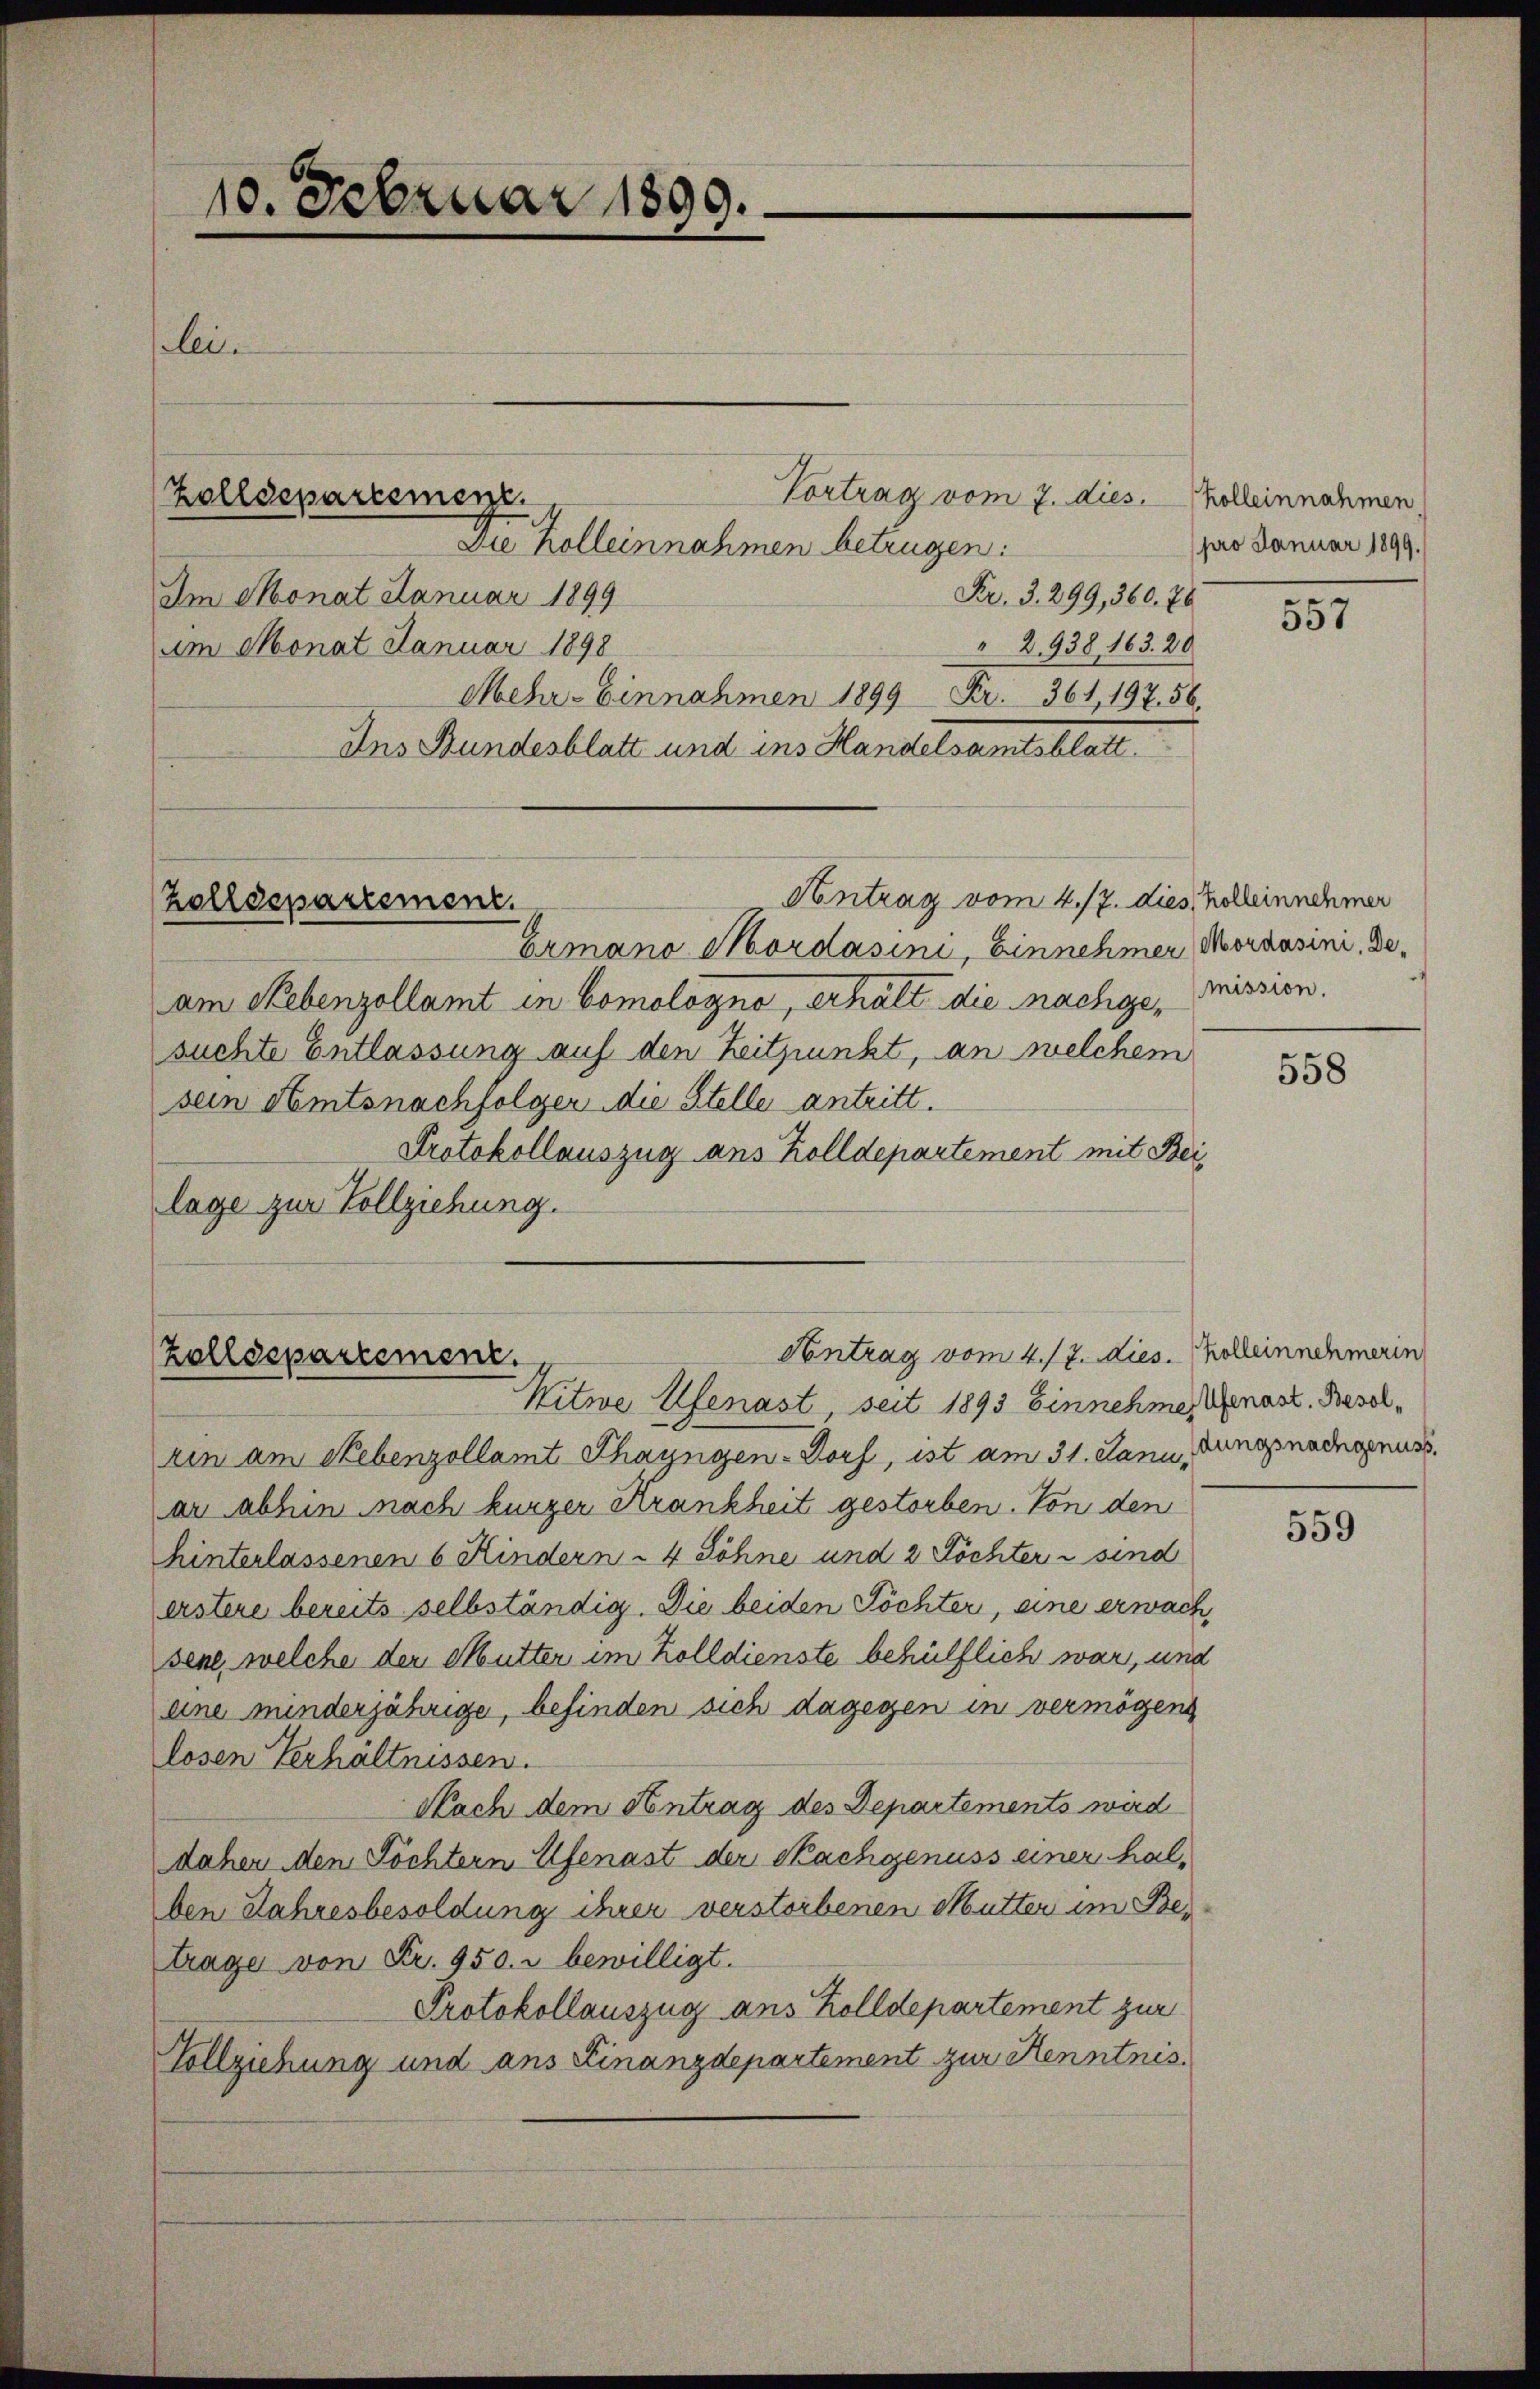
10. Februar 1899.
lei

Vortrag vom 7. dies. Kolleinnahmen,
Fr. 3. 299, 360. 76
Im Monat Januar 1899
2938, 163. 20
am Monat Januar 1898
Mehr-Einnahmen 1899 Fr. 361, 197. 56.
Ins Bundesblatt und ins Handelsamtsblatt.
Antrag vom 4./7. dies helleinnehmer
Zolldepartement.
Ermano Mordasini, Einnehmer Moraasini, Deam Nebenzollamt in Comologno, erhält die nachge, mission.
suchte Entlassung auf den Zeitpunkt, an welchem
sein Amtsnachfolger die Stelle antritt.
Protokollauszug aus Zolldepartement mit Beilage zur Vollziehung.

Zolldepartemenz
Die Kolleinnahmen betrügen:

Zolldepartement.
Kitwe Ufenast, seit 1893 Einnehme Anast. Besol¬

pro Januar 1899.

Contrag vom 4./7. dies. Kolleinnehmerin

ren am Nebenzollamt Thayngen-Torf, ist am 31. Janu, Jungnadigenuss.
an abhin nach burger Krankheit gestorben. Von den
hinterlassenen 6 Kindern - 4 Söhne und 2 Töchter u sind
erstere bereits selbständig. Die beiden Töchter, eine erwach,
sene, welche der Mutter im Zolldienste behülflich war, und
eine minderjährige, befinden sich dagegen in vermögens
losen Verhältnissen.
Nach dem Antrag des Departements wird
daher den Töchtern Ufenast der Nachgenuss einer halben Jahresbesoldung ihrer verstorbenen Mutter im Bes
trage von Fr. 950. r bewilligt.
Protokollauszug aus Zolldepartement zur
Vollziehung und ans Finanzdepartement zur Kenntnis.

557

558

559